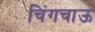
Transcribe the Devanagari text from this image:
चिंगचाऊ